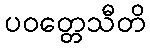
ပဝတ္တေသီတိ